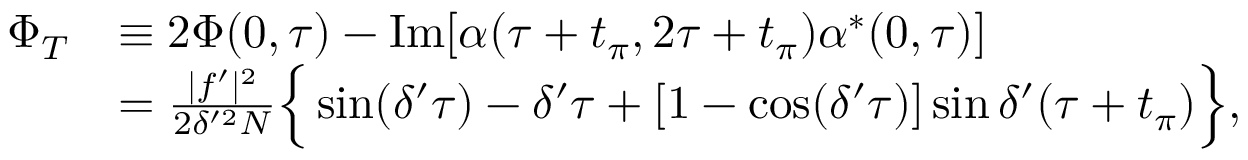
\begin{array} { r l } { \Phi _ { T } } & { \equiv 2 \Phi ( 0 , \tau ) - \mathrm { I m } [ \alpha ( \tau + t _ { \pi } , 2 \tau + t _ { \pi } ) \alpha ^ { \ast } ( 0 , \tau ) ] } \\ & { = \frac { | f ^ { \prime } | ^ { 2 } } { 2 \delta ^ { \prime 2 } N } \Big \{ \sin ( \delta ^ { \prime } \tau ) - \delta ^ { \prime } \tau + [ 1 - \cos ( \delta ^ { \prime } \tau ) ] \sin \delta ^ { \prime } ( \tau + t _ { \pi } ) \Big \} , } \end{array}